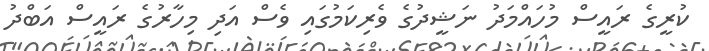
ކުރީގެ ރައީސް މުހައްމަދު ނަޝީދުގެ ވެރިކަމުގައި ވެސް އަދި މިހާރުގެ ރައީސް އަބްދު